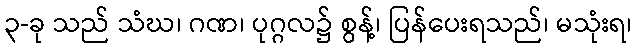
၃-ခု သည် သံဃ၊ ဂဏ၊ ပုဂ္ဂလ၌ စွန့်၊ ပြန်ပေးရသည်၊ မသုံးရ၊